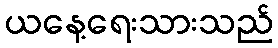
ယနေ့ရေးသားသည်